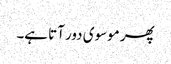
پھر موسوی دور آتا ہے۔